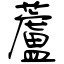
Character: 蘆